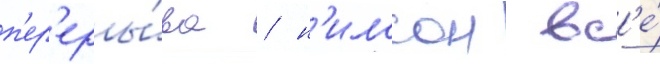
п'ер'еры́ва / н'илссон вс'е́